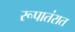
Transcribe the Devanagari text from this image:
रूपातंरात